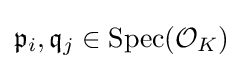
{\mathfrak {p}}_{i},{\mathfrak {q}}_{j}\in {\text{Spec}}({\mathcal {O}}_{K})